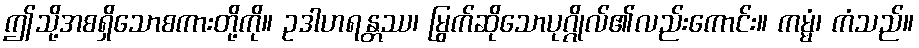
ဤသို့အစရှိသောစကားတို့ကို။ ဥဒါဟရန္တဿ၊ မြွက်ဆိုသောပုဂ္ဂိုလ်၏လည်းကောင်း။ ကမ္မံ၊ ကံသည်။